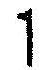
1